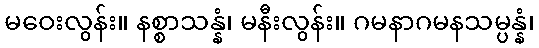
မဝေးလွန်း။ နစ္စာသန္နံ၊ မနီးလွန်း။ ဂမနာဂမနသမ္ပန္နံ၊